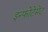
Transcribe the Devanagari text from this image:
इन्फोटेमेंट